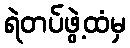
ရဲတပ်ဖွဲ့ထံမှ